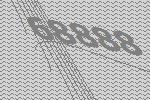
68888